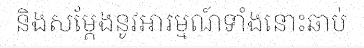
និងសម្តែងនូវអារម្មណ៍ទាំងនោះឆាប់